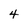
Character: 4